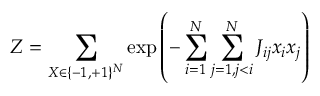
Z = \sum _ { X \in \{ - 1 , + 1 \} ^ { N } } \exp \left( - \sum _ { i = 1 } ^ { N } \sum _ { j = 1 , j < i } ^ { N } J _ { i j } x _ { i } x _ { j } \right)